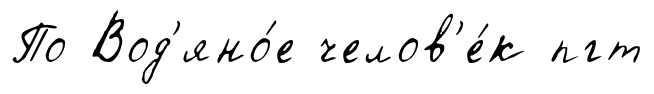
По Вод'яно́е челов'е́к пгт